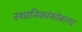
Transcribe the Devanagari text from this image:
स्थानिकांसोबतच